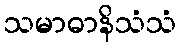
သမာဓာနိသံသံ